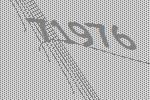
71976